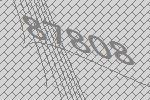
87808